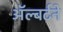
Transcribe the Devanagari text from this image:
ॲल्बर्टने